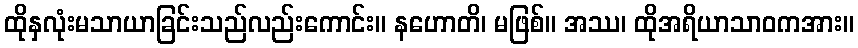
ထိုနှလုံးမသာယာခြင်းသည်လည်းကောင်း။ နဟောတိ၊ မဖြစ်။ အဿ၊ ထိုအရိယာသာဝကအား။